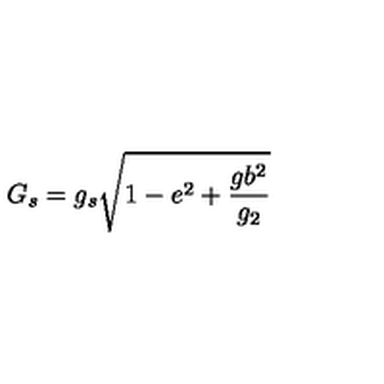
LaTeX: G _ { s } = g _ { s } \sqrt { 1 - e ^ { 2 } + \frac { g b ^ { 2 } } { g _ { 2 } } }